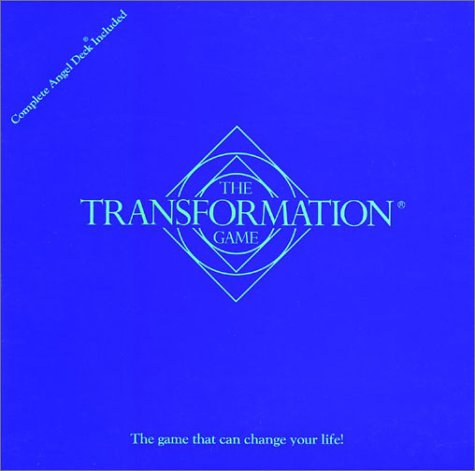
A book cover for The Transformation Game; Kathy Tyler; Humor & Entertainment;